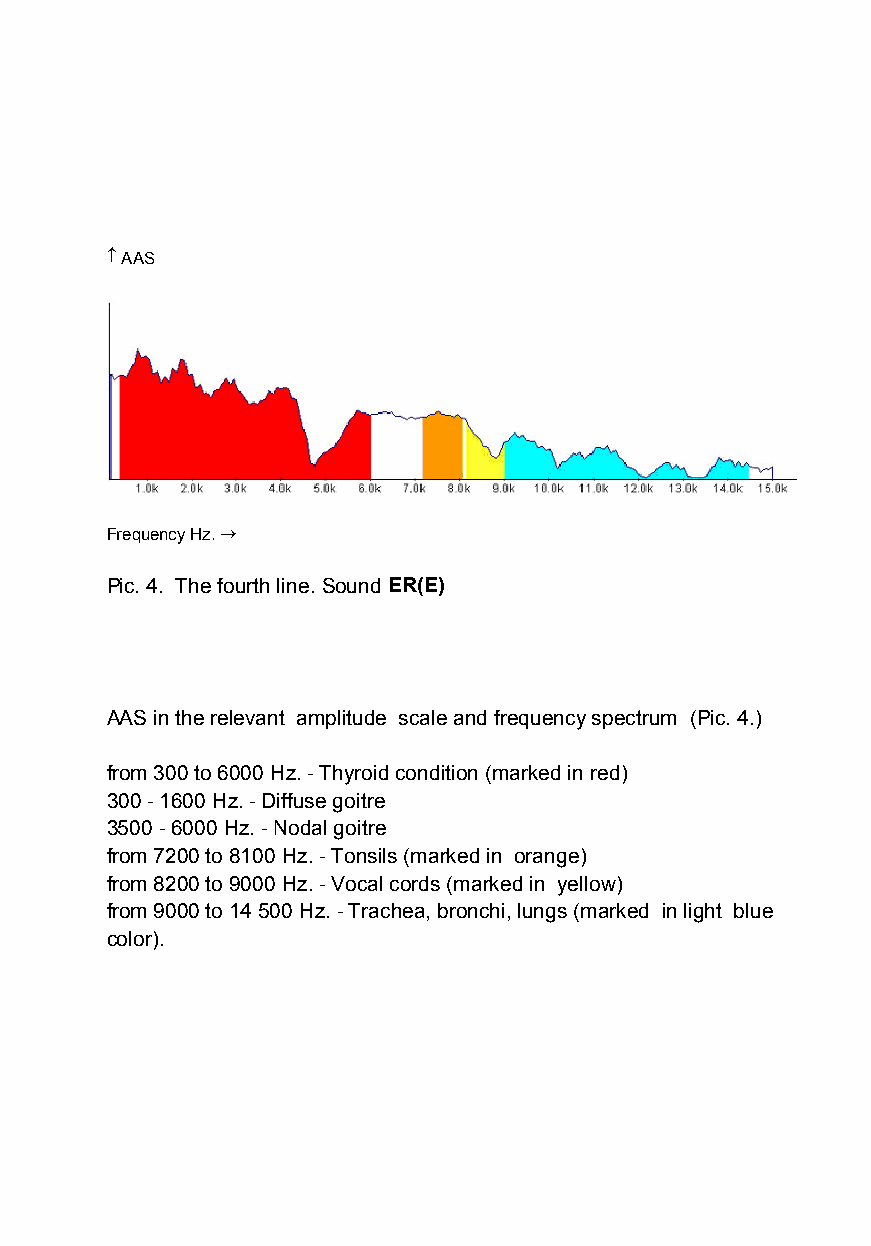
 AAS
 Frequency Hz.
 Pic. 4. The fourth line.SoundER(E)
 AAS in the relevant amplitude scale and frequency spectrum (Pic. 4.)
 from 300 to 6000 Hz.- Thyroid condition (marked in red)
 300- 1600 Hz.- Diffuse goitre
 3500- 6000 Hz.- Nodal goitre
 from 7200 to 8100 Hz.- Tonsils (marked in orange)
 from 8200 to 9000 Hz.- Vocal cords (marked in yellow)
 from 9000 to 14 500 Hz.- Trachea, bronchi, lungs (marked in light blue
 color).